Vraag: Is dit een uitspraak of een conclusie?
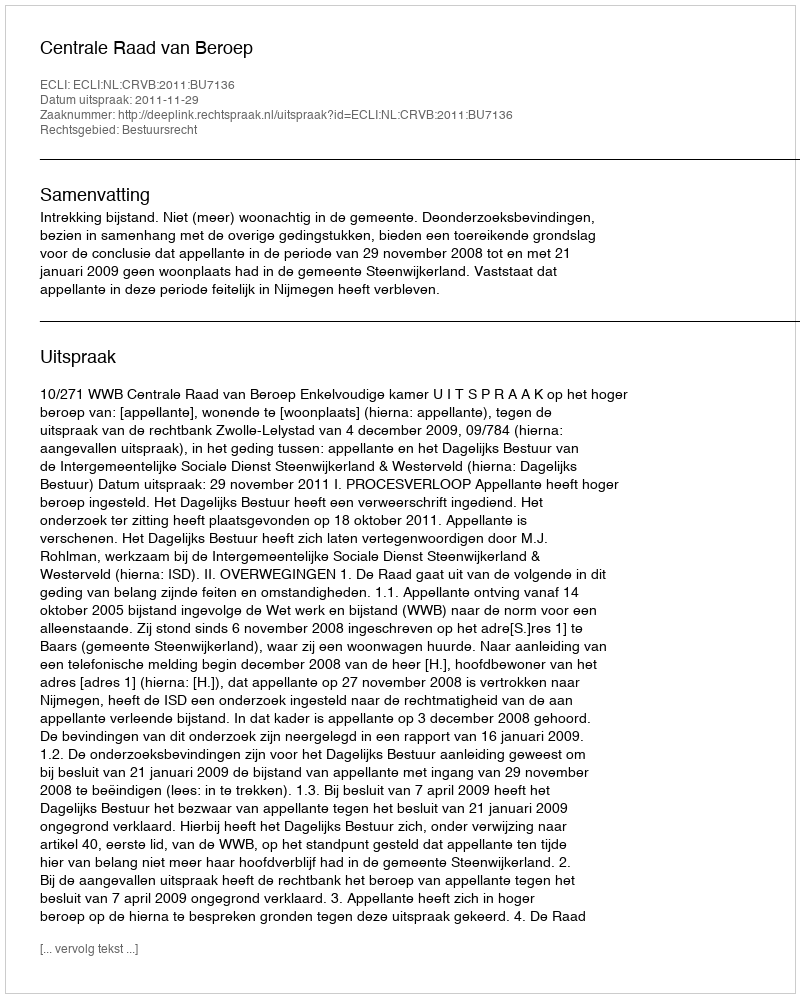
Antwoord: Uitspraak